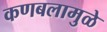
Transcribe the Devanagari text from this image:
कणबलामुळे